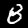
Digit: 8